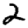
Digit: 2